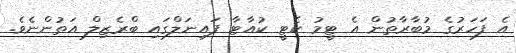
އެ ފަހަރުގެ މުބާރާތުން އެ ޓީމު ކެޓީ ކުއާޓާ ފައިނަލްގައި ބްރެޒިލް އަތުންނެވެ.